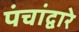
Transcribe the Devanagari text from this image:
पंचांद्वारे